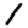
Digit: 1